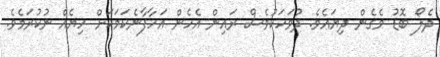
ދެލޯ ބޮޑު ވެގެން ދިޔައެވެ. ދުވަހަކުވެސް ރައިން އެހެން އަހާފާނެކަމަކަށް ހިޔެއް ނުކުރަމެވެ.